Report on certain features of malaria in the island of Salsette
Disease focus: Malaria
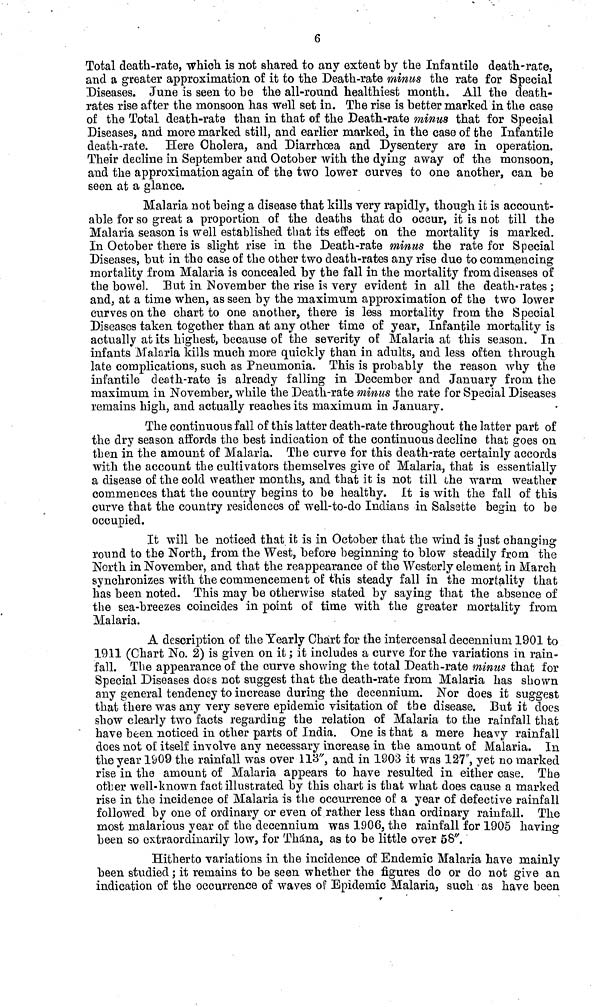
6
Total death-rate, which is not shared to any extent by the Infantile death-rate,
and a greater approximation of it to the Death-rate minus the rate for Special
Diseases. June is seen to be the all-round healthiest month. All the death-
rates rise after the monsoon has well set in. The rise is better marked in the case
of the Total death-rate than in that of the Death-rate minus that for Special
Diseases, and more marked still, and earlier marked, in the case of the Infantile
death-rate. Here Cholera, and Diarrhoea and Dysentery are in operation.
Their decline in September and October with the dying away of the monsoon,
and the approximation again of the two lower curves to one another, can be
seen at a glance.
Malaria not being a disease that kills very rapidly, though it is account-
able for so great a proportion of the deaths that do occur, it is not till the
Malaria season is well established that its effect on the mortality is marked.
In October there is slight rise in the Death-rate minus the rate for Special
Diseases, but in the case of the other two death-rates any rise due to commencing
mortality from Malaria is concealed by the fall in the mortality from diseases of
the bowel. But in November the rise is very evident in all the death-rates ;
and, at a time when, as seen by the maximum approximation of the two lower
curves on the chart to one another, there is less mortality from the Special
Diseases taken together than at any other time of year, Infantile mortality is
actually at its highest, because of the severity of Malaria at this season. In
infants Malaria kills much more quickly than in adults, and less often through
late complications, such as Pneumonia. This is probably the reason why the
infantile death-rate is already falling in December and January from, the
maximum in November, while the Death-rate minus the rate for Special Diseases
remains high, and actually reaches its maximum in January.
The continuous fall of this latter death-rate throughout the latter part of
the dry season affords the best indication of the continuous decline that goes on
then in the amount of Malaria. The curve for this death-rate certainly accords
with the account the cultivators themselves give of Malaria, that is essentially
a disease of the cold weather months, and that it is not till the warm weather
commences that the country begins to be healthy. It is with the fall of this
curve that the country residences of well-to-do Indians in Salsstte begin to be
occupied.
It will be noticed that it is in October that the wind is just changing
round to the North, from the West, before beginning to blow steadily from the
North in November, and that the reappearance of the Westerly element in March
synchronizes with the commencement of this steady fall in the mortality that
has been noted. This may be otherwise stated by saying that the absence of
the sea-breezes coincides in point of time with the greater mortality from
Malaria.
A description of the Yearly Chart for the intercensal decenniurn 1901 to
1911 (Chart No. 2) is given on it; it includes a curve for the variations in rain-
fall. The appearance of the curve showing the total Death-rate minus that for
Special Diseases does not suggest that the death-rate from Malaria has shown
any general tendency to increase during the decennium. Nor does it suggest
that there was any very severe epidemic visitation of the disease. But it does
show clearly two facts regarding the relation of Malaria to the rainfall that
have been noticed in other parts of India. One is that a mere heavy rainfall
does not of itself involve any necessary increase in the amount of Malaria. In
the year 1909 the rainfall was over 113", and in 1803 it was 127", yet no marked
rise in the amount of Malaria appears to have resulted in either case. The
other well-known fact illustrated by this chart is that what does cause a marked
rise in the incidence of Malaria is the occurrence of a year of defective rainfall
followed by one of ordinary or even of rather less than ordinary rainfall. The
most malarious year of the decennium was 1906, the rainfall for 1905 having
been so extraordinarily low, for Thána, as to be little over 58".
Hitherto variations in the incidence of Endemic Malaria have mainly
been studied; it remains to be seen whether the figures do or do not give an
indication of the occurrence of waves of Epidemic Malaria, such as have been